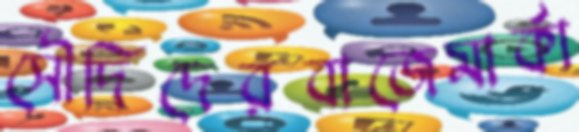
সৌদিদেরবাজেমার্কা